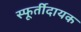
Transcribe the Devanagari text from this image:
स्फूर्तीदायक